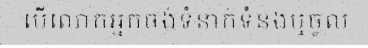
បើលោកអ្នកចង់ទំនាក់ទំនងឬចូល